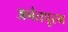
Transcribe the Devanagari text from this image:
अनंतपूरम